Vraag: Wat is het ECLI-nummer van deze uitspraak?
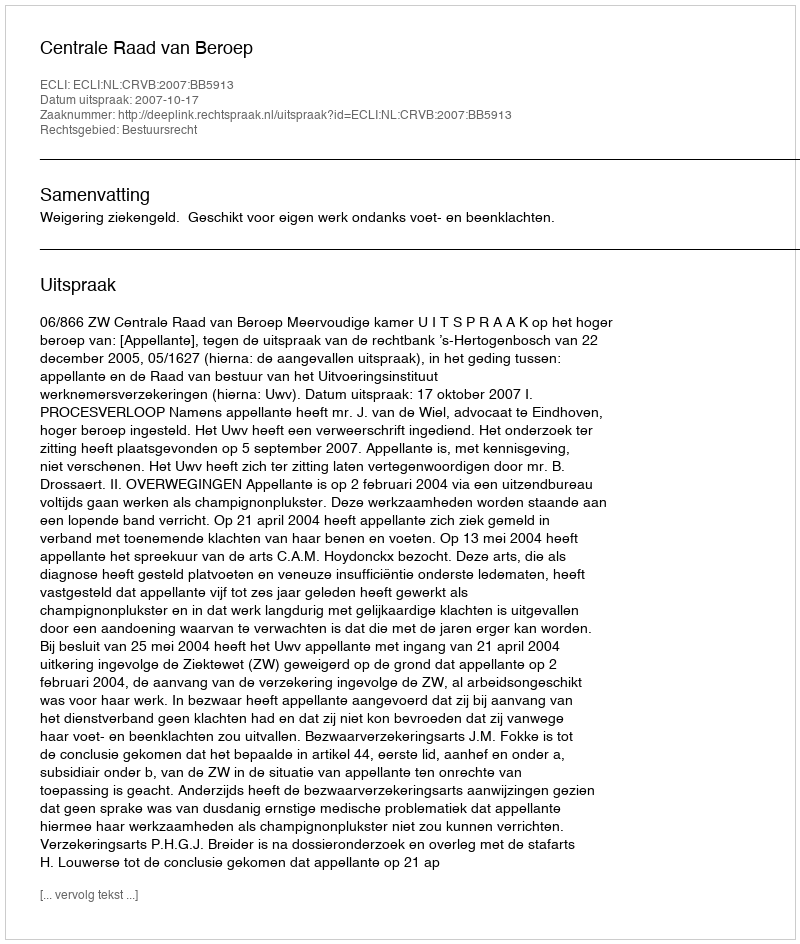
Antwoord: ECLI:NL:CRVB:2007:BB5913